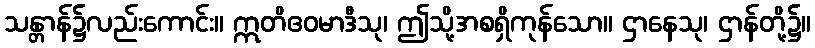
သန္တာန်၌လည်းကောင်း။ ဣတိဧဝမာဒီသု၊ ဤသို့အစရှိကုန်သော။ ဌာနေသု၊ ဌာန်တို့၌။